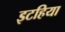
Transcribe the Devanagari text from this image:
इटहिया